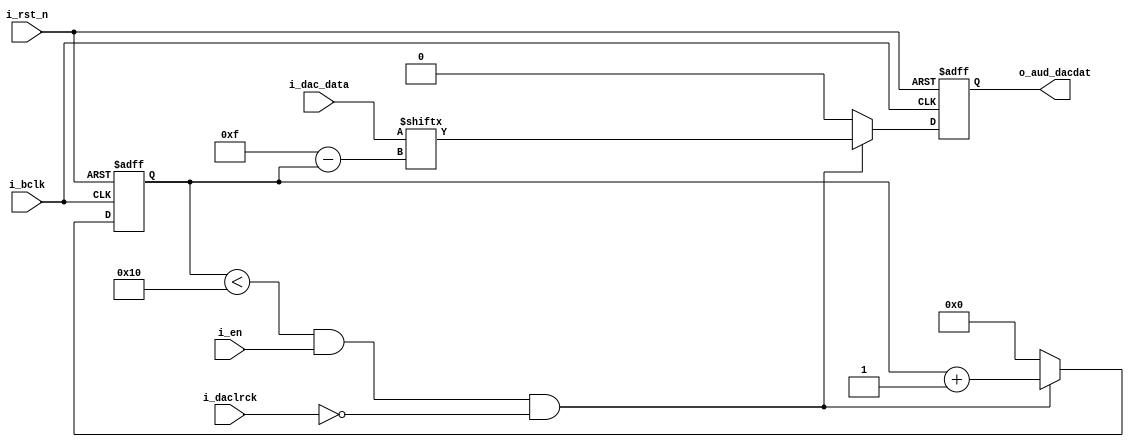
module AudPlayer(
	input i_rst_n,
	input i_bclk,
	input i_daclrck,
	input i_en, // enable AudPlayer only when playing audio, work with AudDSP
	input [15:0] i_dac_data, //dac_data
	output o_aud_dacdat
);

// output
reg o_aud_dacdat_r;
reg o_aud_dacdat_w;
assign o_aud_dacdat = o_aud_dacdat_r;

/*
// FSM
parameter IDLE = 0;
parameter WAIT_A_CYCLE = 1;
parameter SEND_DATA = 2;

reg state_r [1:0];
wire state_w [1:0];
*/

// counter
reg [4:0] counter_r;
reg [4:0] counter_w;

always @(*) begin
    if (counter_r < 16 && i_en && !i_daclrck) begin
        o_aud_dacdat_w = i_dac_data[15-counter_r];
        counter_w = counter_r + 1; 
    end
    else begin 
        o_aud_dacdat_w = 0;
        counter_w = 0;
    end
end

always @(posedge i_bclk or negedge i_rst_n) begin
    if (!i_rst_n) begin
        counter_r <= 0;
        o_aud_dacdat_r <= 0;
    end
    else begin
        counter_r <= counter_w;
        o_aud_dacdat_r <= o_aud_dacdat_w;
    end
end

endmodule